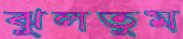
ঝুলতুম